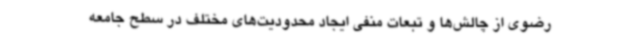
رضوی از چالش‌ها و تبعات منفی ایجاد محدودیت‌های مختلف در سطح جامعه